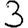
Digit: 3